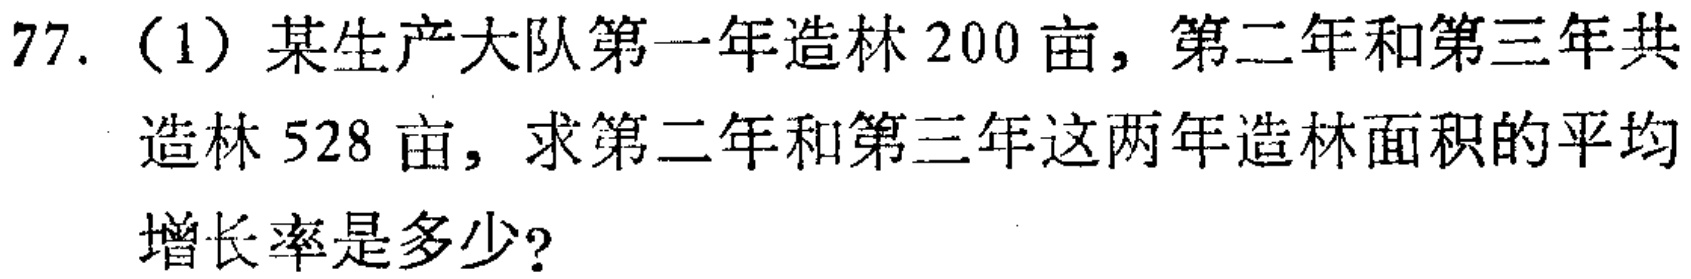
77.（1）某生产大队第一年造林200亩，第二年和第三年共造林528亩，求第二年和第三年这两年造林面积的平均增长率是多少？